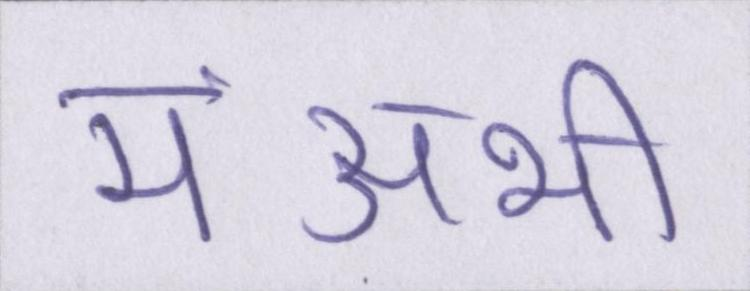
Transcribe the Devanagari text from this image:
मंअभी